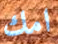
امك